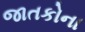
જાતકોના